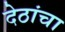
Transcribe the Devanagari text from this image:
देठांचा